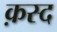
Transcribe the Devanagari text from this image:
क़स्द